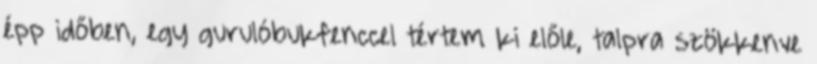
épp időben, egy gurulóbukfenccel tértem ki előle, talpra szökkenve